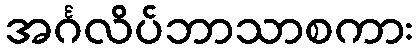
အင်္ဂလိပ်ဘာသာစကား